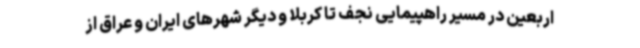
اربعین در مسیر راهپیمایی نجف تا کربلا و دیگر شهرهای ایران و عراق از